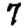
Digit: 7